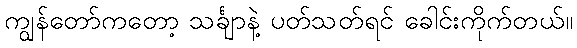
ကျွန်တော်ကတော့ သင်္ချာနဲ့ ပတ်သတ်ရင် ခေါင်းကိုက်တယ်။